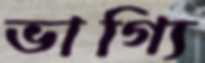
ভাগ্যি